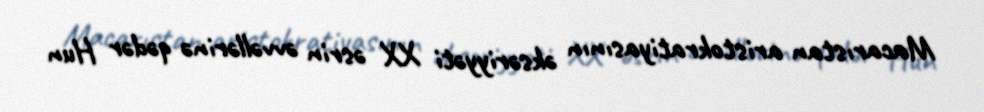
Macarıstan aristokratiyasının əksəriyyəti XX əsrin əvvəllərinə qədər Hun